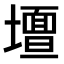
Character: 𭐀